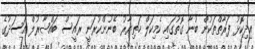
އިދިކޮޅު ފަރާތްތަކުން ބުނާ ގޮތުގައި ކެމިކަލް ހަތިޔާރު ބޭނުންކުރަނީ ރައީސް ބައްޝާރުލް އަސަދުގެ